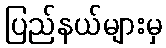
ပြည်နယ်များမှ